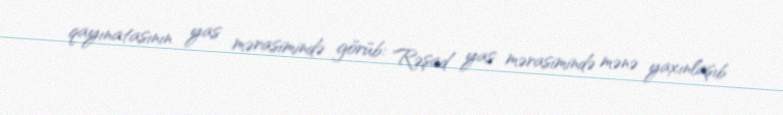
qayınatasının yas mərasimində görüb: "Rəşad yas mərasimində mənə yaxınlaşıb